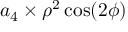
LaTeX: a _ { 4 } \times \rho ^ { 2 } \cos ( 2 \phi )